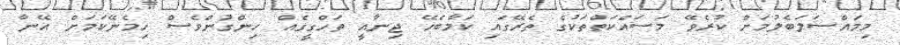
މިމައްސަލަބެލުމަށް ކުރެވޭ މަސައްކަތްތަކުގެ ތެރޭގައި ކަމާބެހޭ ޖިނާއީ ތަހްގީގެއް ހިންގުންވެސް ހިމެނޭކަމަށް އޭނާ